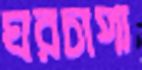
ঘরচাপা